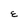
Character: E